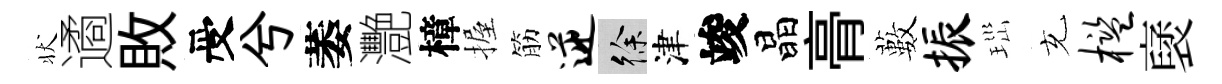
状遹敗受兮萎灧樟握筋逆徐津竣晶𮌔藪振𤤼充槛裦